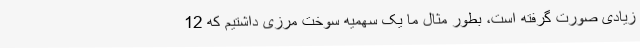
زیادی صورت گرفته است، بطور مثال ما یک سهمیه سوخت مرزی داشتیم که 12